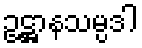
ဥဋ္ဌာနသမ္ပဒါ